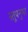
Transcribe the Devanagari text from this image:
स्तूपनुमा